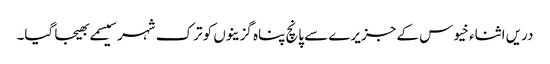
دریں اثناء خیوس کے جزیرے سے پانچ پناہ گزینوں کو ترک شہر سیسمے بھیجا گیا۔